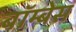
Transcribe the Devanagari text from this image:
बॉम्बेस